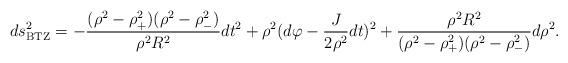
LaTeX: \begin{align*}ds_{\rm BTZ}^2 = - {{(\rho^2 - \rho_+^2)(\rho^2 -\rho_-^2)} \over {\rho^2 R^2 }} dt^2 + \rho^2 ( d \varphi - {J \over 2 \rho^2} dt )^2 + { \rho^2 R^2 \over {(\rho^2 - \rho_+^2)(\rho^2 -\rho_-^2)}} d \rho^2.\end{align*}